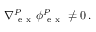
\nabla { } _ { \mathrm { ~ e ~ x ~ } } ^ { P } \boldsymbol \phi { } _ { \mathrm { ~ e ~ x ~ } } ^ { P } \neq 0 \, .